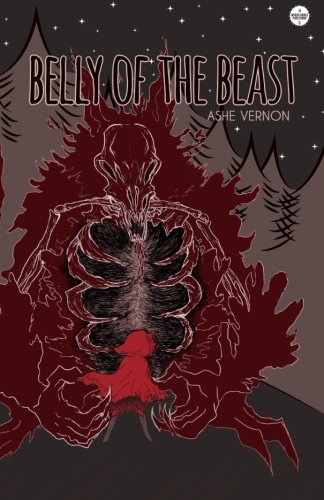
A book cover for Belly of the Beast; Ashe Vernon; Gay & Lesbian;